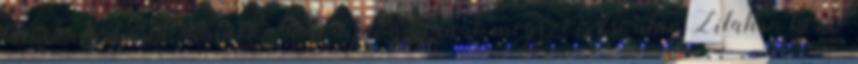
tanul Farkas Ödönnél. Jogi diplomájának megszerzése után Zilahra kerül